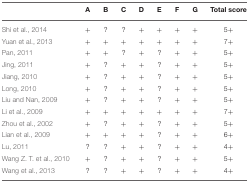
|  | A | B | C | D | E | F | G | Total score |
 | --- | --- | --- | --- | --- | --- | --- | --- | --- |
 | Shi et al., 2014 | + | ? | ? | + | + | + | + | 5+ |
 | Yuan et al., 2013 | + | + | + | + | + | + | + | 7+ |
 | Pan, 2011 | + | + | ? | + | ? | + | + | 5+ |
 | Jing, 2011 | + | ? | + | + | ? | + | + | 5+ |
 | Jiang, 2010 | + | ? | + | + | ? | + | + | 5+ |
 | Long, 2010 | + | ? | + | + | ? | + | + | 5+ |
 | Liu and Nan, 2009 | + | ? | + | + | ? | + | + | 5+ |
 | Li et al., 2009 | + | + | + | + | + | + | + | 7+ |
 | Zhou et al., 2002 | + | ? | + | + | ? | + | + | 5+ |
 | Lian et al., 2009 | + | + | + | + | ? | + | + | 6+ |
 | Lu, 2011 | ? | ? | + | + | ? | + | + | 4+ |
 | Wang Z. T. et al., 2010 | + | ? | + | + | ? | + | + | 5+ |
 | Wang et al., 2013 | ? | ? | + | + | ? | + | + | 4+ |